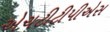
એચટીટીપીએસ